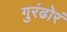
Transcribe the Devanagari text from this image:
गुरंढोरं